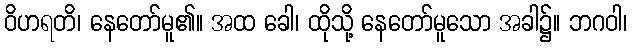
ဝိဟရတိ၊ နေတော်မူ၏။ အထ ခေါ၊ ထိုသို့ နေတော်မူသော အခါ၌။ ဘဂဝါ၊